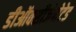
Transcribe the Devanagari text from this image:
डीऑक्सीजेनेटेड